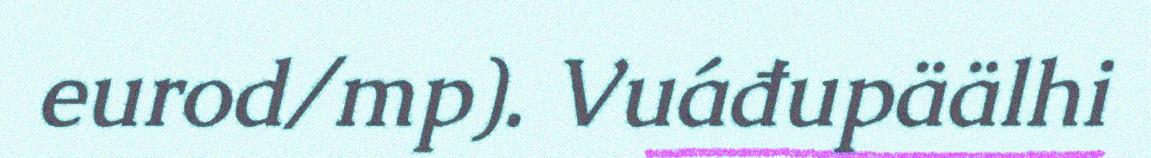
eurod/mp). Vuáđupäälhi